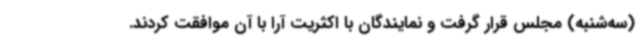
(سه‌شنبه) مجلس قرار گرفت و نمایندگان با اکثریت آرا با آن موافقت کردند.